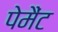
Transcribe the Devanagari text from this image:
पेमैंट